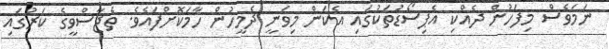
ނަމަވެސް މިފަހުން ދެއްކި އެޕިސޯޑުތަކުގައި އެކަން މިވަނީ ދެމީހުން ހާމަކޮށްފައެވެ. ތެޖާސްވީގެ ކަރުގައި